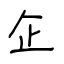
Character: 企